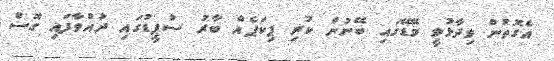
އެގޮތުން ވިދާޅުވީ މޭޑޭގައި ބޭނުން ކުރި ޕިކަޕެއް ބާރު ސުޕީޑުގައި ދުއްވާފައި ގޮސް